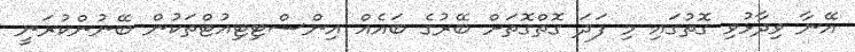
އޭނާ ވިދާޅުވި ގޮތުގައި މި ފަދަ ގޮތްގޮތަށް ބޭރުގެ ބައެއް އިންސްޓިޓިއުޓްތަކުން ބޭނުންކުރަނީ